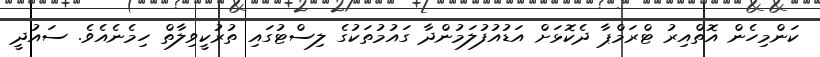
ކަންމިހެން އޮތްއިރު ޓްރަމްޕާ ދެކޮޅަށް އަޑުއުފުލަމުންދާ ގައުމުތަކުގެ ލިސްޓުގައި ތުރުކީވިލާތް ހިމެނެއެވެ. ސައުދީ